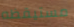
مستيقظه